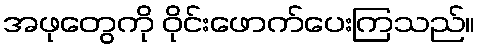
အဖုတွေကို ဝိုင်းဖောက်ပေးကြသည်။